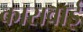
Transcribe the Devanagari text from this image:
कारावाई